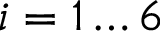
i = 1 \ldots 6